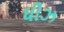
ધીઝ